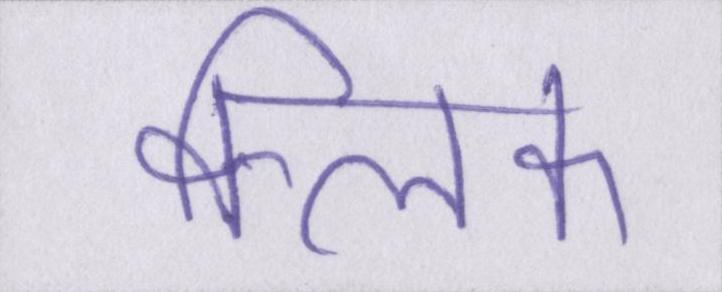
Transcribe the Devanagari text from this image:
क्लिक